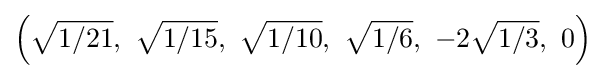
\left({\sqrt {1/21}},\ {\sqrt {1/15}},\ {\sqrt {1/10}},\ {\sqrt {1/6}},\ -2{\sqrt {1/3}},\ 0\right)